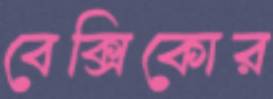
বেক্সিকোর